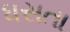
ધસતા